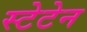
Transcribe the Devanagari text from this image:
स्टेटेन